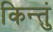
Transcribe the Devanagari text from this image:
किन्तुं